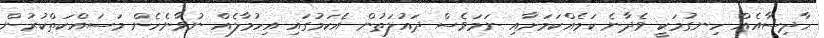
ހާދިސާއެއް ހިނގުމަކީ ވެދާނެ ކަމެއްކަމަށާއި ނަމަވެސް ދައުލަތުން އެކަމުގައި އިހުމާލެއް ނުވާނެހެން މަސައްކަތްކުރުން